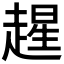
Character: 𫎻